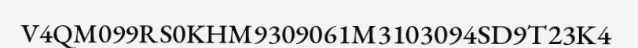
V4QM099RS0KHM9309061M3103094SD9T23K4